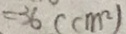
= 3 6 ( c m ^ { 2 } )